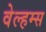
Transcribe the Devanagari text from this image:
वेल्हम्स